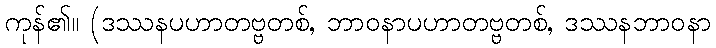
ကုန်၏။ (ဒဿနပဟာတဗ္ဗတစ်, ဘာဝနာပဟာတဗ္ဗတစ်, ဒဿနဘာဝနာ